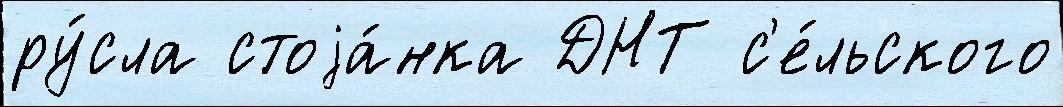
ру́сла стоjа́нка ДНТ с'е́льского